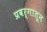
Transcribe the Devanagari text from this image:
प्रवर्गातून